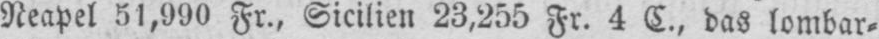
Neapel 51,990 Fr., Sicilien 23,255 Fr. 4 C., das lombar⸗